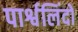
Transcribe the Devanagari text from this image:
पार्श्वलिंदों